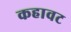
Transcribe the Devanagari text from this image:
कहावट